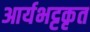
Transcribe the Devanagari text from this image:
आर्यभट्टकृत